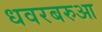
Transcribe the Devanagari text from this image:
धवरबरुआ